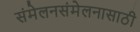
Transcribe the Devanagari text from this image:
संमेलनसंमेलनासाठी